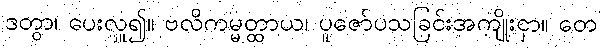
ဒတွာ၊ ပေးလှူ၍။ ဗလိကမ္မတ္ထာယ၊ ပူဇော်ပသခြင်းအကျိုးငှာ။ တေ